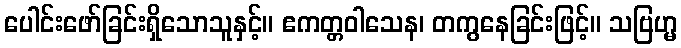
ပေါင်းဖော်ခြင်းရှိသောသူနှင့်။ ဧကတ္တဝါသေန၊ တကွနေခြင်းဖြင့်။ သဗြဟ္မ